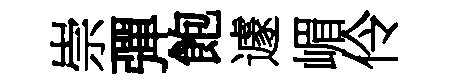
崇彈飽遽嵋伶